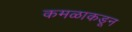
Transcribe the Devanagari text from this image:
कमळाकडून